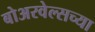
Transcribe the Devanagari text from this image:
बोअरवेल्सच्या